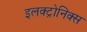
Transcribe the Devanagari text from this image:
इलक्ट्रोनिक्स